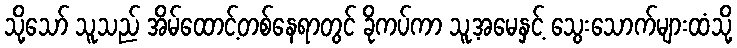
သို့သော် သူသည် အိမ်ထောင့်တစ်နေရာတွင် ခိုကပ်ကာ သူ့အမေနှင့် သွေးသောက်များထံသို့